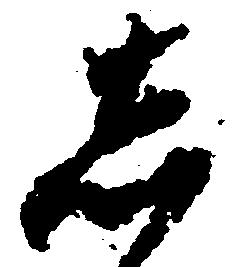
し